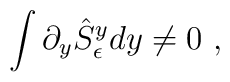
\int \partial_y\hat S^y_\epsilon dy \ne 0\ ,